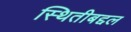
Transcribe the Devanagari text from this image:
स्थितीबद्दल